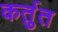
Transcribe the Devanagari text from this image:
कर्तुत